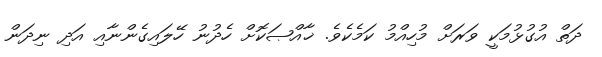
ދަތް އުގުޅުމަކީ ވަރަށް މުހިއްމު ކަމެކެވެ. ޚާއްޞަކޮށް ހެދުނު ހޭލައިގެންނާއި އަދި ނިދަން